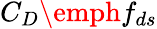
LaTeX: C_{D}\emph{f}_{ds}